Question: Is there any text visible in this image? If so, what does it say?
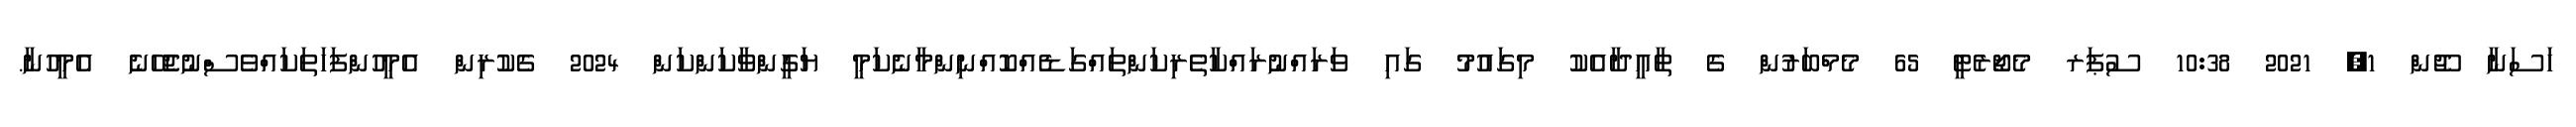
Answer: ހަސަނާ ޖޫން 1, 2021 10:38 ސުޕަރ މެޖޯރެޓީ 65 މެމްބަރުން ގެ ތާއީދާއެކު މިގައުމު ގައި ވަރައްނުރައްކާތެރިކަންތައްގަޑެއްކޮއްނިންމާނެކަމީ ޔަގީންވާކަންކަން 2024 ގެކުރިން އެމީހުންފަހަތަކައްވެސްނުޖެހޭނެ އެމީހުނާ.